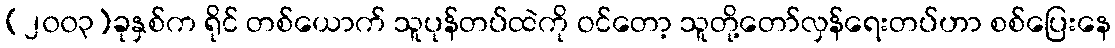
(၂၀၀၃)ခုနှစ်က ရိုင် တစ်ယောက် သူပုန်တပ်ထဲကို ဝင်တော့ သူတို့တော်လှန်ရေးတပ်ဟာ စစ်ပြေးနေ